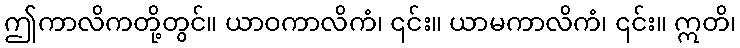
ဤကာလိကတို့တွင်။ ယာဝကာလိကံ၊ ၎င်း။ ယာမကာလိကံ၊ ၎င်း။ ဣတိ၊